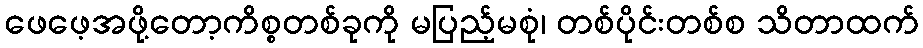
ဖေဖေ့အဖို့တော့ကိစ္စတစ်ခုကို မပြည့်မစုံ၊ တစ်ပိုင်းတစ်စ သိတာထက်